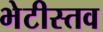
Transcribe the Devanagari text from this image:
भेटीस्तव